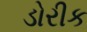
ડોરીક